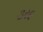
૩ર૯